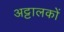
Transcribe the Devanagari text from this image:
अट्टालकों